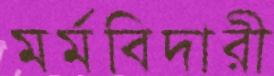
মর্মবিদারী